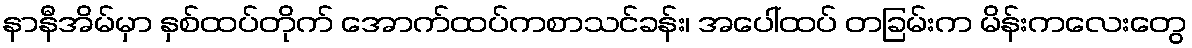
နာနီအိမ်မှာ နှစ်ထပ်တိုက် အောက်ထပ်ကစာသင်ခန်း၊ အပေါ်ထပ် တခြမ်းက မိန်းကလေးတွေ